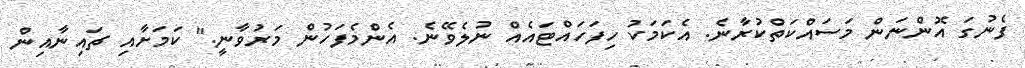
ފެނުގަ އޮންނަން މަސައްކަތްކުރާނެ. އެކަމަކު ހިފަހައްޓައެއް ނުލެވޭނެ. އެންމެފަހުން މަރުވާނީ." ކަމަށާއި ޗައިނާއިން